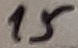
Text: 15